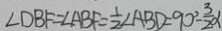
\angle D B F = \angle A B F = \frac { 1 } { 2 } \angle A B D = 9 0 ^ { \circ } - \frac { 3 } { 2 } \alpha